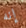
إنه